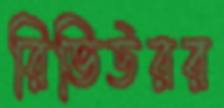
রিভিউরর